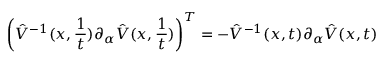
\left( \hat { V } ^ { - 1 } ( x , { \frac { 1 } { t } } ) \partial _ { \alpha } \hat { V } ( x , { \frac { 1 } { t } } ) \right) ^ { T } = - \hat { V } ^ { - 1 } ( x , t ) \partial _ { \alpha } \hat { V } ( x , t )